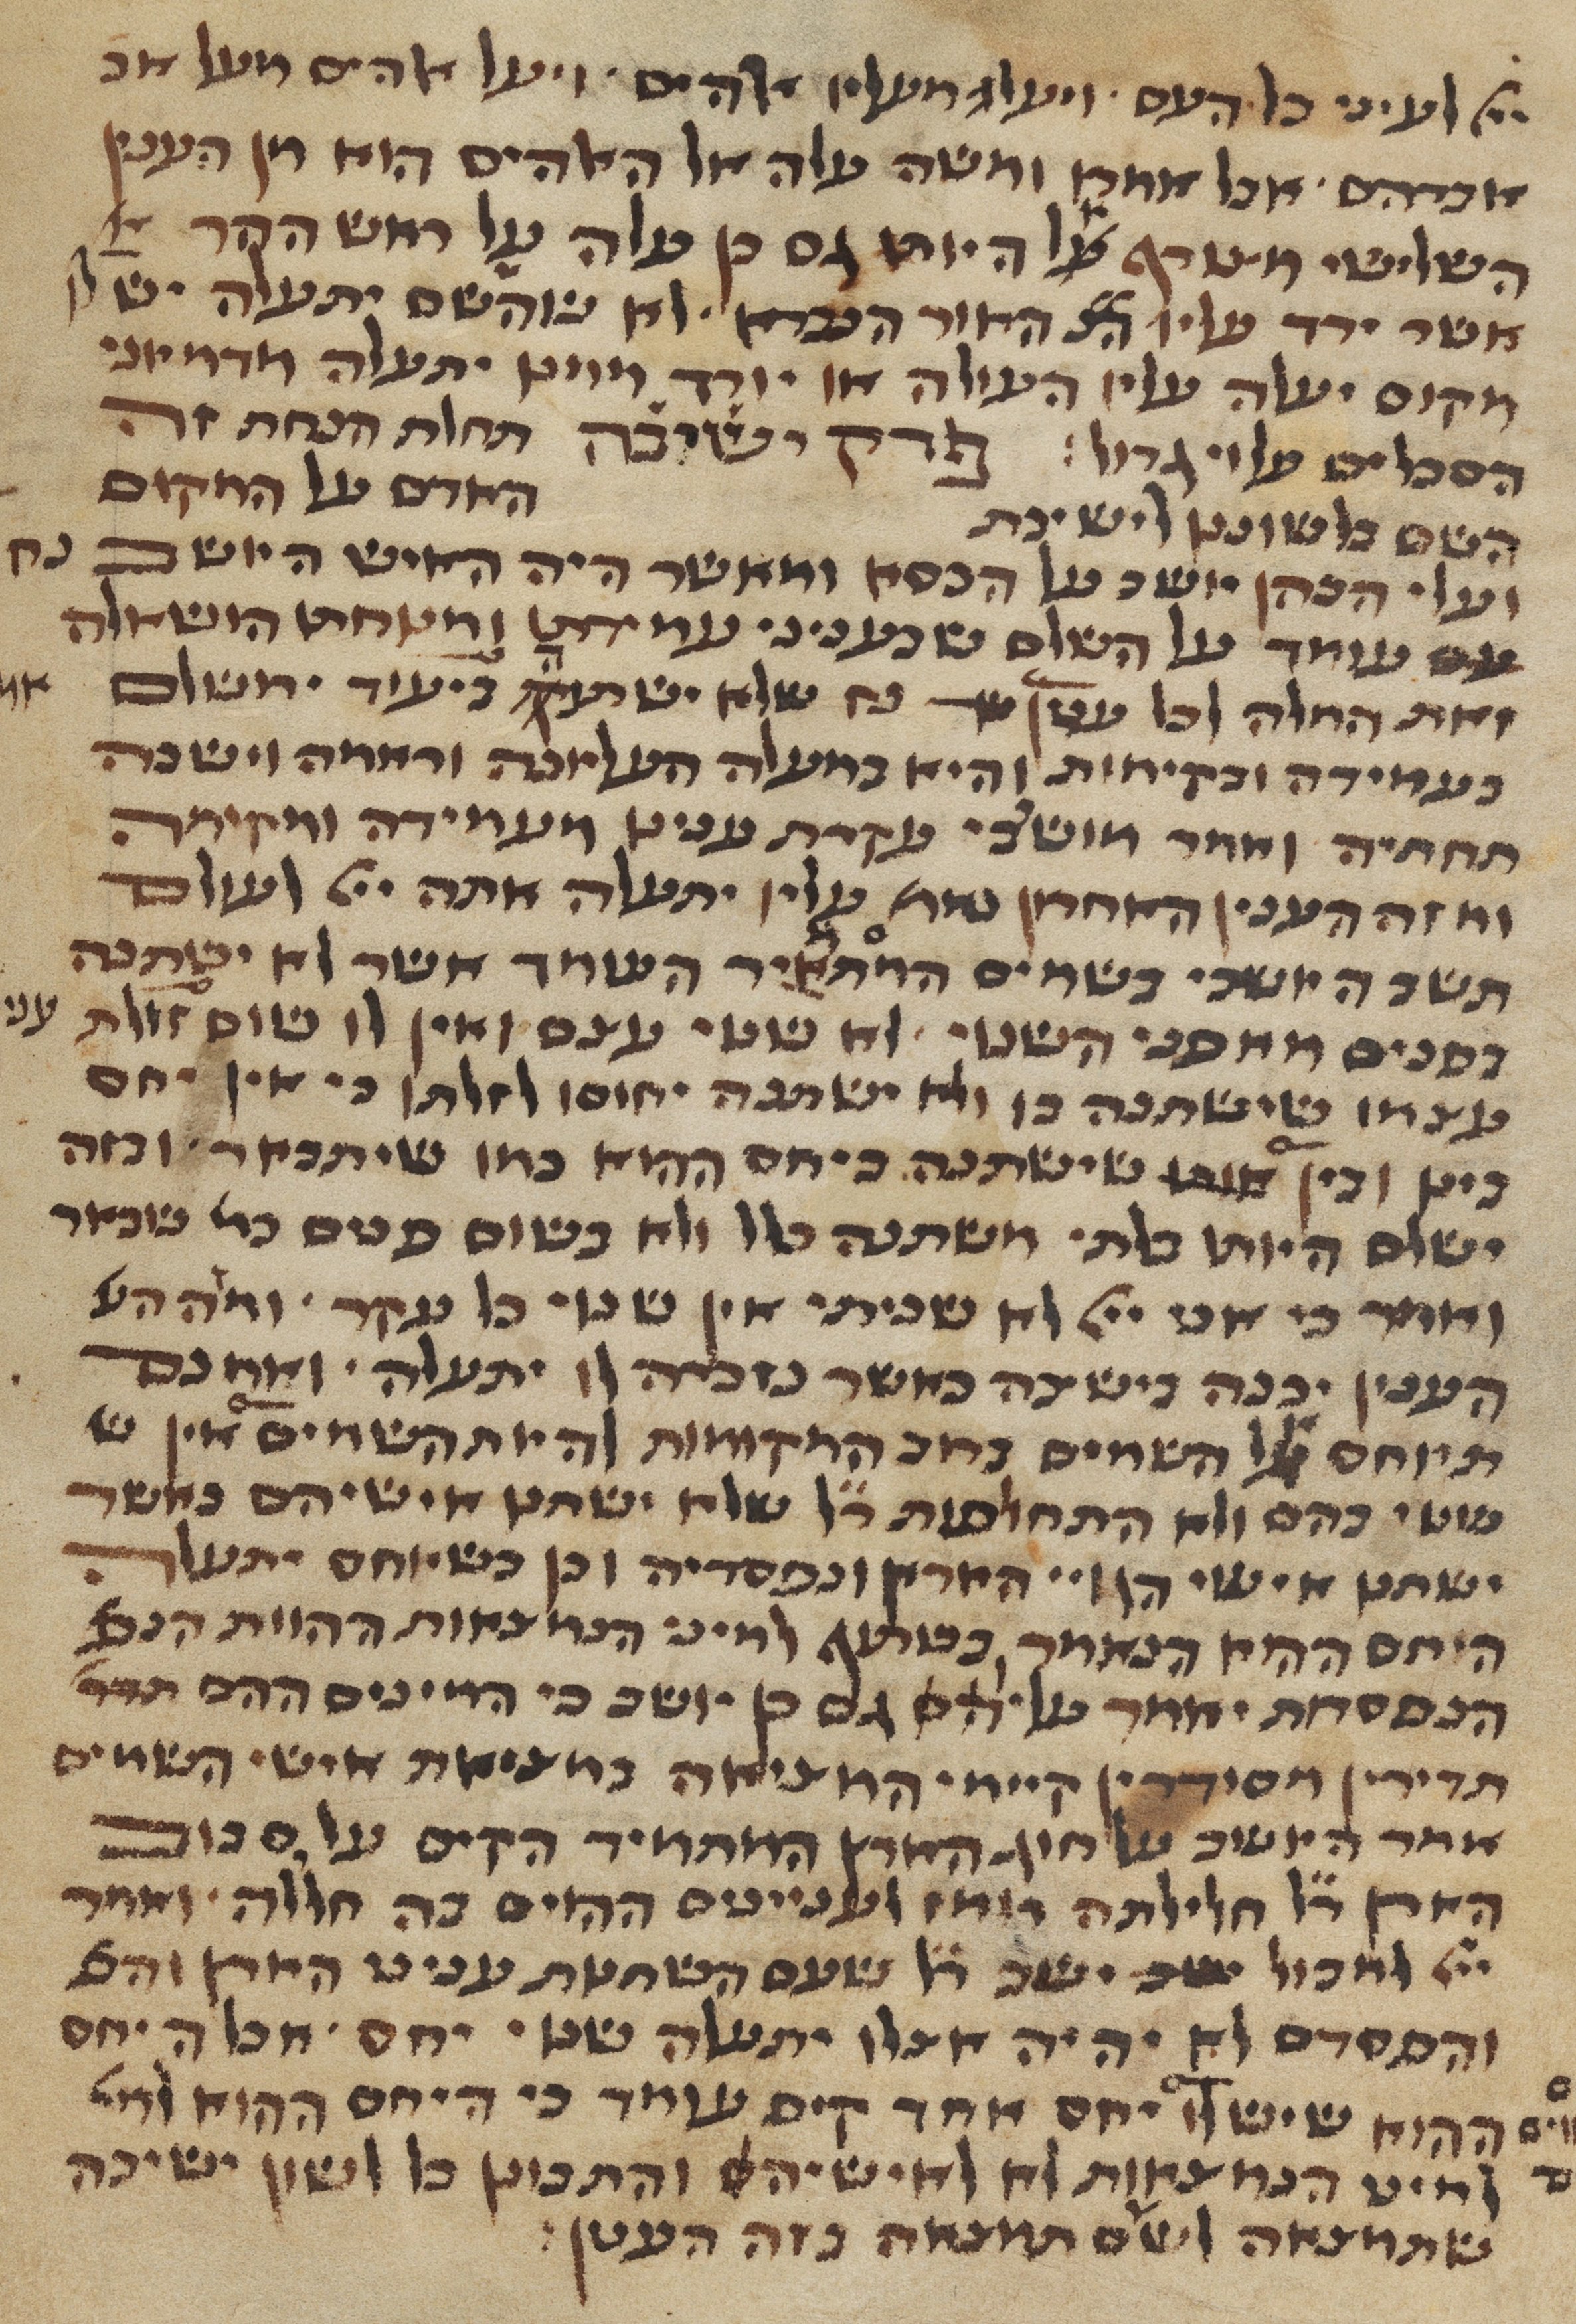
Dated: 1450–1499